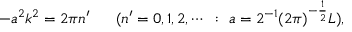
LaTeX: - a ^ { 2 } k ^ { 2 } = 2 \pi n ^ { \prime } ~ ~ ~ ~ ~ ( n ^ { \prime } = 0 , 1 , 2 , \cdots ~ : ~ a = 2 ^ { - 1 } ( 2 \pi ) ^ { - \frac { 1 } { 2 } } L ) ,